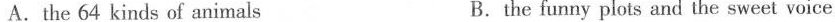
A.the 64 kinds of animals B.the funny plots and the sweet voice